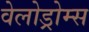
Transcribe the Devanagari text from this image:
वेलोड्रोम्स